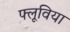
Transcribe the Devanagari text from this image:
फ्लूविया